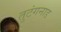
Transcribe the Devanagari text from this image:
तुटंगनाड